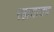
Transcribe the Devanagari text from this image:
रहातातच